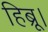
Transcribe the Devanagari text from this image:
हिब्रू।